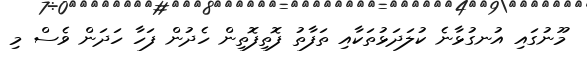
މޫނުގައި އުނގުޅާނެ ކުލަދަޅުތަކާއި ތަފާތު ފޮތިފޮތިން ހެދުން ފަހާ ހަދަން ވެސް މި